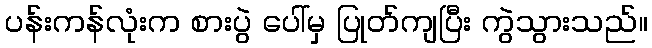
ပန်းကန်လုံးက စားပွဲ ပေါ်မှ ပြုတ်ကျပြီး ကွဲသွားသည်။